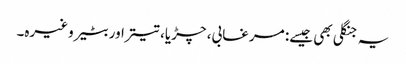
یہ جنگلی بھی جیسے: مرغابی، چڑیا، تیتراور بٹیر وغیرہ۔